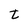
Character: t